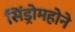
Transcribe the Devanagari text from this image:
सिंड्रोमहोने